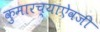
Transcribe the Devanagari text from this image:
कुमारच्याऐवजी